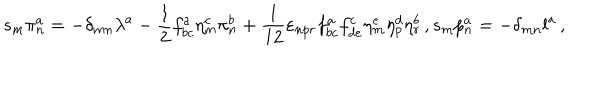
s _ { m } \pi _ { n } ^ { a } = - \delta _ { m n } \lambda ^ { a } - \frac { 1 } { 2 } f _ { b c } ^ { a } \eta _ { m } ^ { c } \pi _ { n } ^ { b } + \frac { 1 } { 1 2 } \varepsilon _ { n p r } f _ { b c } ^ { a } f _ { d e } ^ { c } \eta _ { m } ^ { e } \eta _ { p } ^ { d } \eta _ { r } ^ { b } \, , s _ { m } p _ { n } ^ { a } = - \delta _ { m n } l ^ { a } \, ,